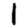
Digit: 1